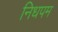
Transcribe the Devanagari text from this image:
निधपम